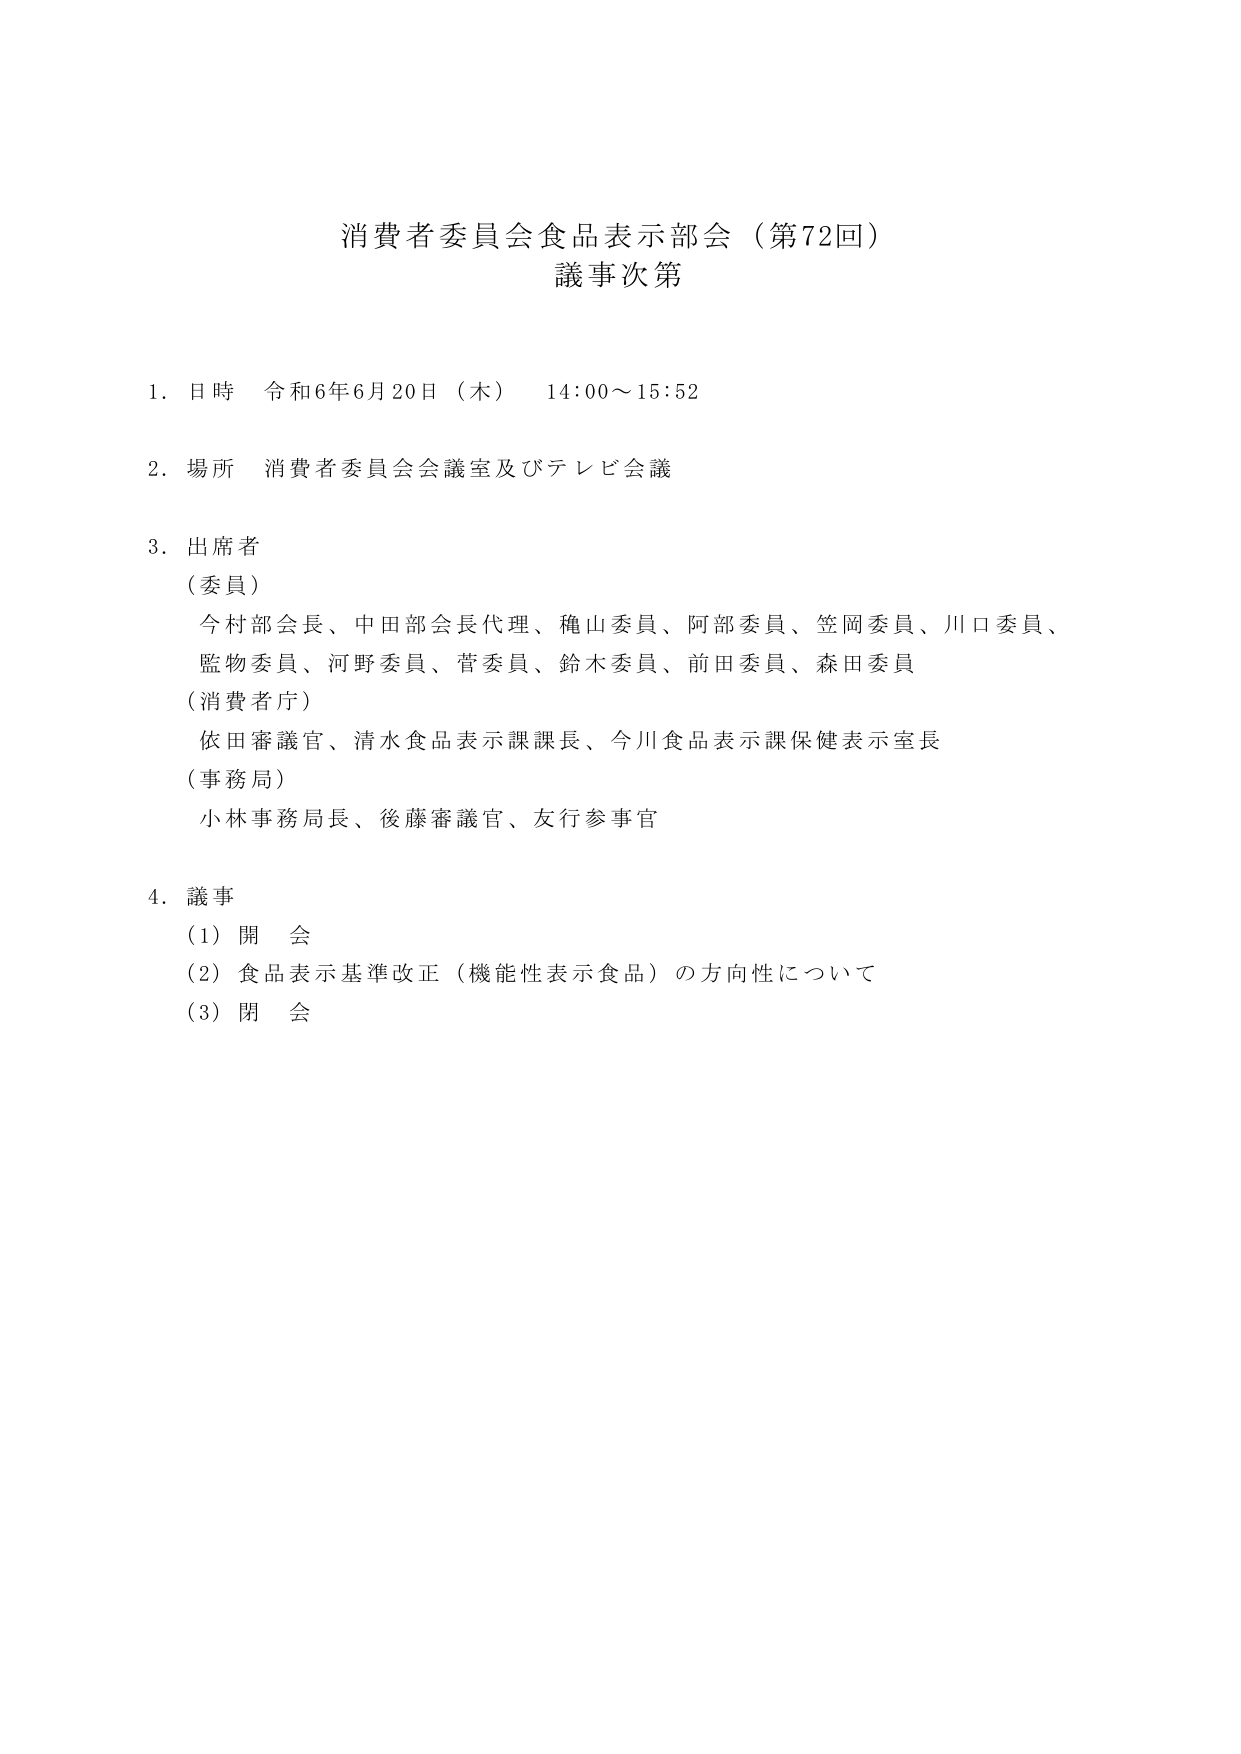
消費者委員会食品表示部会（第72回）
議事次第

1. 日時 令和6年6月20日（木） 14:00～15:52

2. 場所 消費者委員会会議室及びテレビ会議

3. 出席者
（委員）
今村部会長、中田部会長代理、穐山委員、阿部委員、笠岡委員、川口委員、
監物委員、河野委員、菅委員、鈴木委員、前田委員、森田委員
（消費者庁）
依田審議官、清水食品表示課課長、今川食品表示課保健表示室長
（事務局）
小林事務局長、後藤審議官、友行参事官

4. 議事
（1）開会
（2）食品表示基準改正（機能性表示食品）の方向性について
（3）閉会